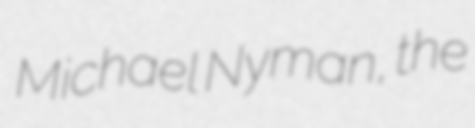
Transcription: Michael Nyman, the